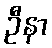
ဦနာ